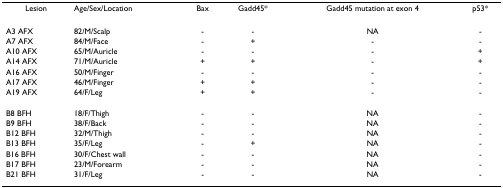
<table><thead><tr><td><b>Lesion</b></td><td><b>Age/Sex/Location</b></td><td><b>Bax</b></td><td><b>Gadd45*</b></td><td><b>Gadd45 mutation at exon 4</b></td><td><b>p53*</b></td></tr></thead><tbody><tr><td>A3 AFX</td><td>82/M/Scalp</td><td>-</td><td>-</td><td>NA</td><td>-</td></tr><tr><td>A7 AFX</td><td>84/M/Face</td><td>-</td><td>+</td><td>-</td><td>-</td></tr><tr><td>A10 AFX</td><td>65/M/Auricle</td><td>-</td><td>-</td><td>-</td><td>+</td></tr><tr><td>A14 AFX</td><td>71/M/Auricle</td><td>+</td><td>+</td><td>-</td><td>+</td></tr><tr><td>A16 AFX</td><td>50/M/Finger</td><td>-</td><td>-</td><td>-</td><td>-</td></tr><tr><td>A17 AFX</td><td>46/M/Finger</td><td>+</td><td>+</td><td>-</td><td>-</td></tr><tr><td>A19 AFX</td><td>64/F/Leg</td><td>+</td><td>+</td><td>-</td><td>-</td></tr><tr><td>B8 BFH</td><td>18/F/Thigh</td><td>-</td><td>-</td><td>NA</td><td>-</td></tr><tr><td>B9 BFH</td><td>38/F/Back</td><td>-</td><td>-</td><td>NA</td><td>-</td></tr><tr><td>B12 BFH</td><td>32/M/Thigh</td><td>-</td><td>-</td><td>NA</td><td>-</td></tr><tr><td>B13 BFH</td><td>35/F/Leg</td><td>-</td><td>+</td><td>NA</td><td>-</td></tr><tr><td>B16 BFH</td><td>30/F/Chest wall</td><td>-</td><td>-</td><td>NA</td><td>-</td></tr><tr><td>B17 BFH</td><td>23/M/Forearm</td><td>-</td><td>-</td><td>NA</td><td>-</td></tr><tr><td>B21 BFH</td><td>31/F/Leg</td><td>-</td><td>-</td><td>NA</td><td>-</td></tr></tbody></table>